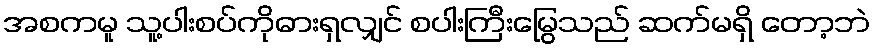
အစကမူ သူ့ပါးစပ်ကိုဓားရှလျှင် စပါးကြီးမြွေသည် ဆက်မရှိ တော့ဘဲ